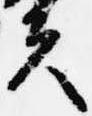
夫